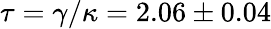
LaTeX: \tau=\gamma/\kappa=2.06\pm 0.04